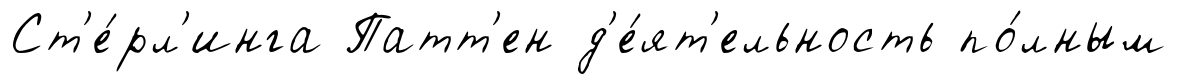
Ст'е́рл'инга Патт'ен д'е́ят'ельность по́лным